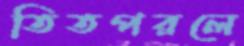
তিতপরলে